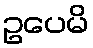
ဥပေမိ